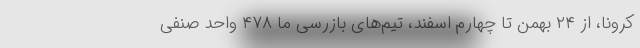
کرونا، از ۲۴ بهمن تا چهارم اسفند، تیم‌های بازرسی ما ۴۷۸ واحد صنفی